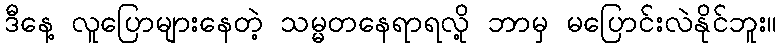
ဒီနေ့ လူပြောများနေတဲ့ သမ္မတနေရာရလို့ ဘာမှ မပြောင်းလဲနိုင်ဘူး။